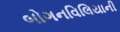
બોગનવિલિયાની